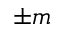
\pm m